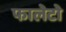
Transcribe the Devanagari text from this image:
फालेटो